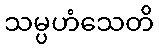
သမ္ပဟံသေတိ